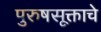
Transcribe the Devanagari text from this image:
पुरुषसूक्ताचे